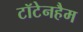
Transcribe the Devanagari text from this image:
टॉटेनहैम